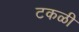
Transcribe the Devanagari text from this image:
टकळी